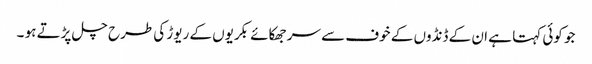
جو کوئی کہتا ہے ان کے ڈنڈوں کے خوف سے سر جھکائے بکریوں کے ریوڑ کی طرح چل پڑتے ہو ۔